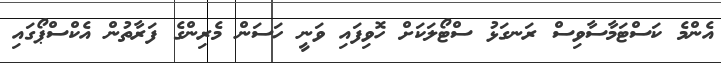
އެންމެ ކަސްޓަމާސާވިސް ރަނގަޅު ސްޓޯލަކަށް ހޮވިފައި ވަނީ ހަސަން މެރިންގެ ފަރާތުން އެކްސްޕޯގައި